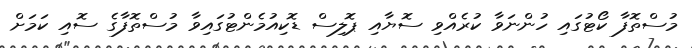
މުސްތޮފާ ކޯޓުގައި ހުންނަވާ ކުރެއްވި ސޮޔާއި ޕޮލިސް ޑޮކިއުމެންޓުގައިވާ މުސްތޮފާގެ ސޮއި ކަމަށް